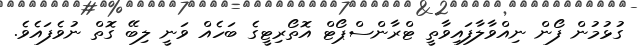
ގުޅުމުން ފޯން ނިއްވާލާފައިވާތީ ޓްރާންސްޕޯޓް އޮތޯރިޓީގެ ބަހެއް ވަނީ ލިބޭ ގޮތް ނުވެފައެވެ.